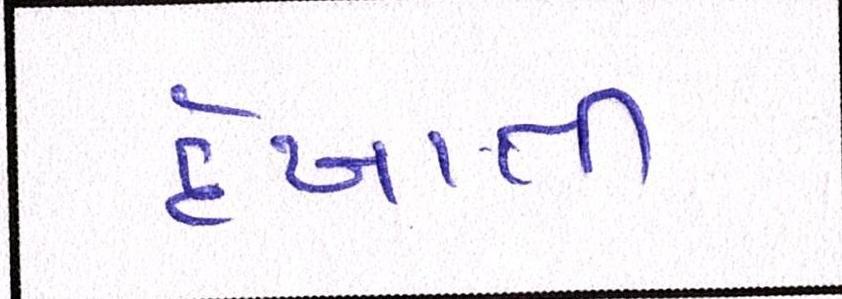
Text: દેખાતી